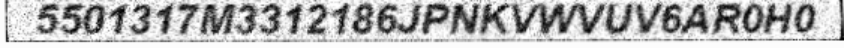
5501317M3312186JPNKVWVUV6AR0H0